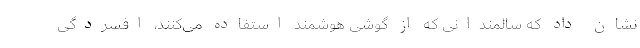
نشان داد که سالمندانی که از گوشی هوشمند استفاده می‌کنند، افسردگی